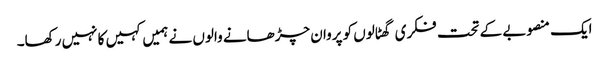
ایک منصوبے کے تحت فکری گھٹالوں کو پروان چڑھانے والوں نے ہمیں کہیں کا نہیں رکھا۔